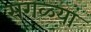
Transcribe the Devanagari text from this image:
सगळ्यां